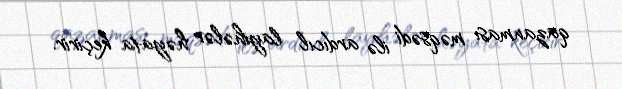
qazanması məqsədi ilə ardıcıl layihələr həyata keçirir.